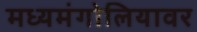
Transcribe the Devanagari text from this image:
मध्यमंगोलियावर